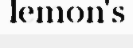
lemon's